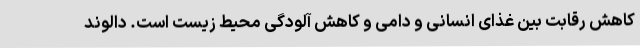
کاهش رقابت بین غذای انسانی و دامی و کاهش آلودگی محیط زیست است. دالوند